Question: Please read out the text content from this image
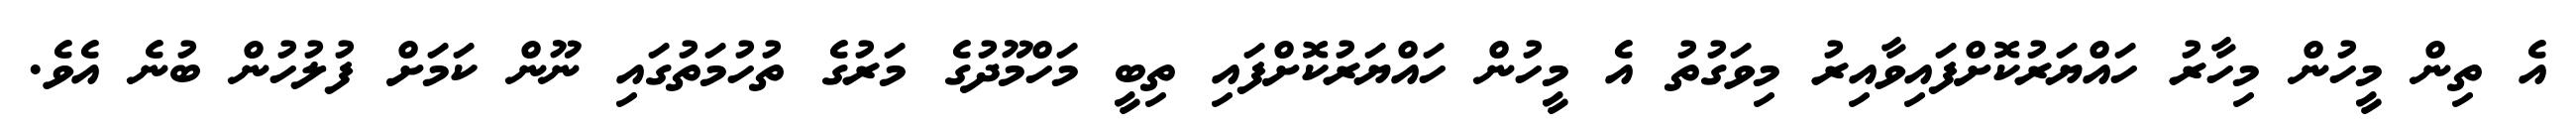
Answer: އެ ތިން މީހުން މިހާރު ހައްޔަރުކޮށްފައިވާއިރު މިވަގުތު އެ މީހުން ހައްޔަރުކޮށްފައި ތިބީ މަހްމޫދުގެ މަރުގެ ތުހުމަތުގައި ނޫން ކަމަށް ފުލުހުން ބުނެ އެވެ.